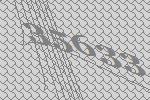
35633